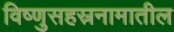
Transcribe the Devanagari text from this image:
विष्णुसहस्रनामातील